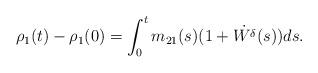
LaTeX: \begin{align*}\rho_1(t)-\rho_1(0)=\int_0^t m_{21}(s)(1+\dot{W^{\delta}}(s)) ds.\end{align*}